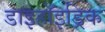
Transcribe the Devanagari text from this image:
डाइहॉइड्रिक